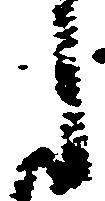
候